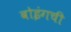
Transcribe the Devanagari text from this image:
बोइंगची